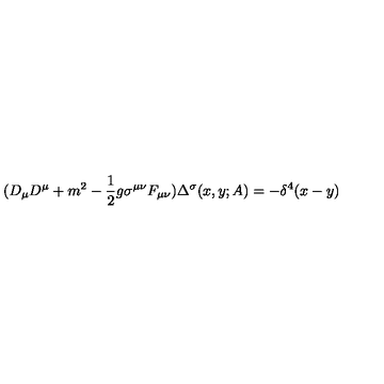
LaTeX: ( D _ { \mu } D ^ { \mu } + m ^ { 2 } - { \frac { 1 } { 2 } } g \sigma ^ { \mu \nu } F _ { \mu \nu } ) \Delta ^ { \sigma } ( x , y ; A ) = - \delta ^ { 4 } ( x - y )